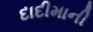
દાદીમાની